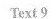
Text 9